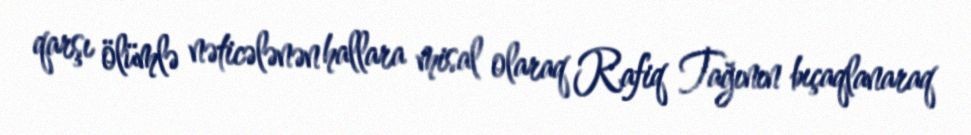
qarşı ölümlə nəticələnən hallara misal olaraq Rafiq Tağının bıçaqlanaraq